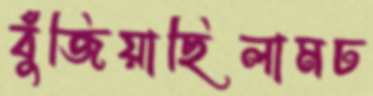
বুঁজিয়াছিলামঢ